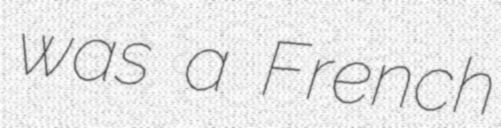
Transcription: was a French